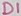
Text: D1